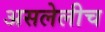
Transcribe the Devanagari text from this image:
असलेलीच